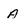
Character: A